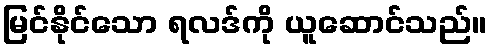
မြင်နိုင်သော ရလဒ်ကို ယူဆောင်သည်။